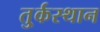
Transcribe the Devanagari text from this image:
तु्र्कस्थान